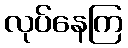
လုပ်နေကြ